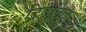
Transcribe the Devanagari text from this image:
ट्रिव्यूनल